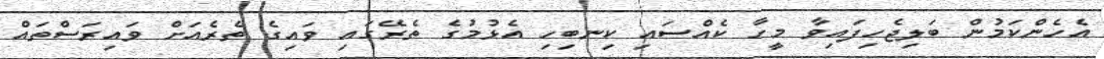
އެހެންކަމުން ބަލިޖެހިފައިވާ މީހާ ކެއްސައި ކިނބިހި އެޅުމުގެ ތެރޭގައި ވައިގެ ތެރެއަށް ވައިރަސްތައް